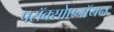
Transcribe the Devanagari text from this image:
परॉक्सोएनॉयन